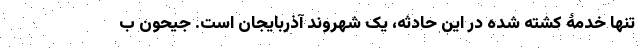
تنها خدمۀ کشته شده در این حادثه، یک شهروند آذربایجان است. جیحون ب